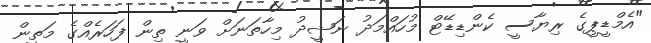
"އެމްޑީޕީގެ ރިޔާސީ ކެންޑިޑޭޓް މުހައްމަދު ނަޝީދު މިހާތަނަށް ވަނީ ތިން ފަހަރެއްގެ މަތީން